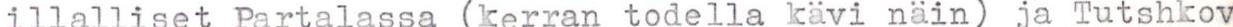
illalliset Partalassa (kerran todella kävi näin) ja Tutshkov